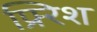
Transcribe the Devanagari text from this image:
फ्र्रिश